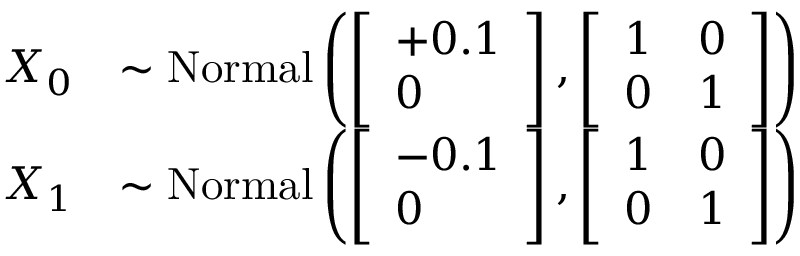
\begin{array} { r l } { X _ { 0 } } & { \sim \mathrm { N o r m a l } \left( \left[ \begin{array} { l } { + 0 . 1 } \\ { 0 } \end{array} \right] , \left[ \begin{array} { l l } { 1 } & { 0 } \\ { 0 } & { 1 } \end{array} \right] \right) } \\ { X _ { 1 } } & { \sim \mathrm { N o r m a l } \left( \left[ \begin{array} { l } { - 0 . 1 } \\ { 0 } \end{array} \right] , \left[ \begin{array} { l l } { 1 } & { 0 } \\ { 0 } & { 1 } \end{array} \right] \right) } \end{array}